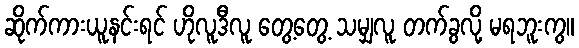
ဆိုက်ကားယူနင်းရင် ဟိုလူဒီလူ တွေ့တွေ့ သမျှလူ တက်ခွလို့ မရဘူးကွ။